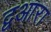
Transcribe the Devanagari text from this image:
द्वआरा